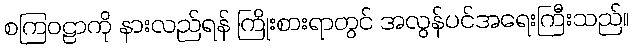
စကြဝဠာကို နားလည်ရန် ကြိုးစားရာတွင် အလွန်ပင်အရေးကြီးသည်။